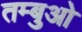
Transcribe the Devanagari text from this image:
तम्बुओ